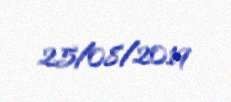
25/08/2019